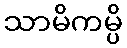
သာမိကမ္ပိ